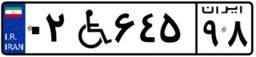
۰۲W۶۴۵۹۸